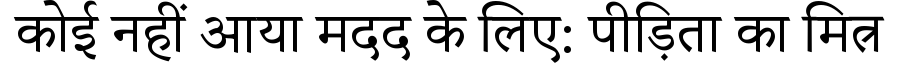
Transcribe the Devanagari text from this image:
कोई नहीं आया मदद के लिए: पीड़िता का मित्र